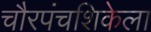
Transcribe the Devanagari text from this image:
चौरपंचशिकेला